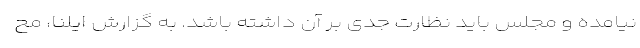
نیامده و مجلس باید نظارت جدی بر آن داشته باشد. به گزارش ایلنا، مح